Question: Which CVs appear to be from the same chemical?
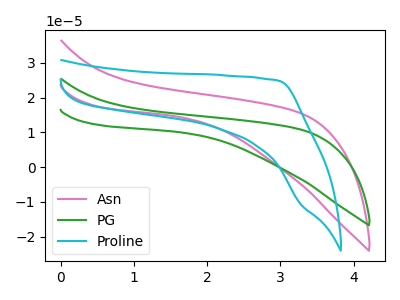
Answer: <think>The pink curve "Asn" has no peaks. The green curve "PG" has no peaks. The cyan curve "Proline" has no peaks.
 Neither "Asn" or "PG" have any peaks. Neither "Asn" or "Proline" have any peaks. Neither "PG" or "Proline" have any peaks.</think>
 <answer>"Asn", "PG" and "Proline" have the same shape and are likely CV's of the same chemical.</answer>
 <eval>"Asn" "PG" "Proline"</eval>